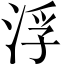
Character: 浮